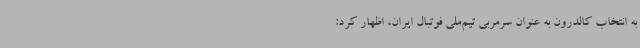
به انتخاب کالدرون به عنوان سرمربی تیم‌ملی فوتبال ایران، اظهار کرد: